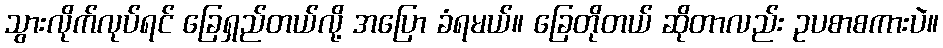
သွားလိုက်လုပ်ရင် ခြေရှည်တယ်လို့ အပြော ခံရမယ်။ ခြေတိုတယ် ဆိုတာလည်း ဥပစာစကားပဲ။